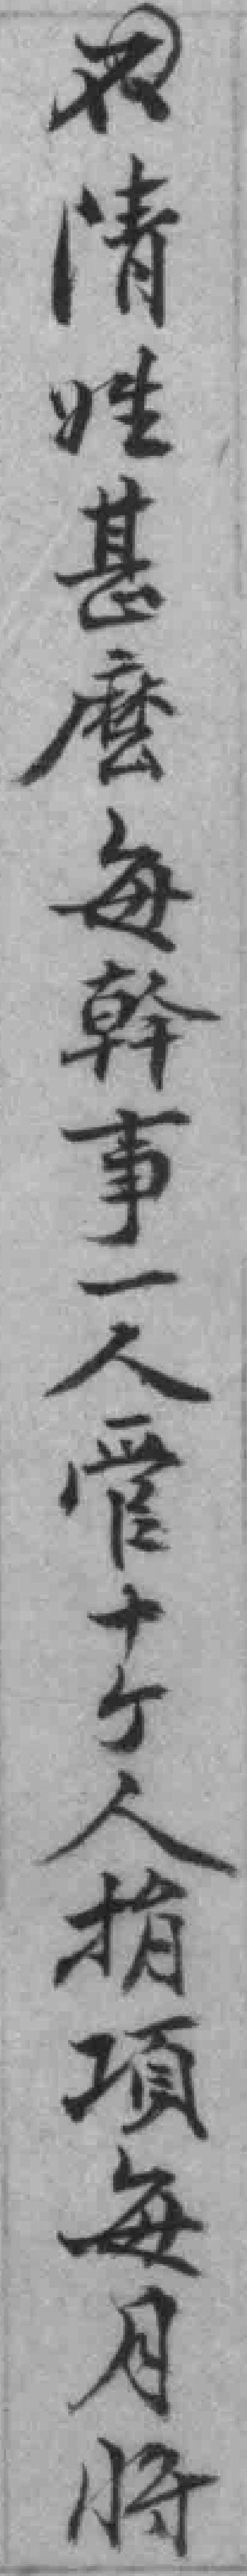
不清姓甚麼每幹事一人管十个人捐項每月將